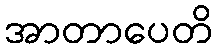
အာတာပေတိ